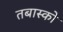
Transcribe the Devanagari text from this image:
तबास्को